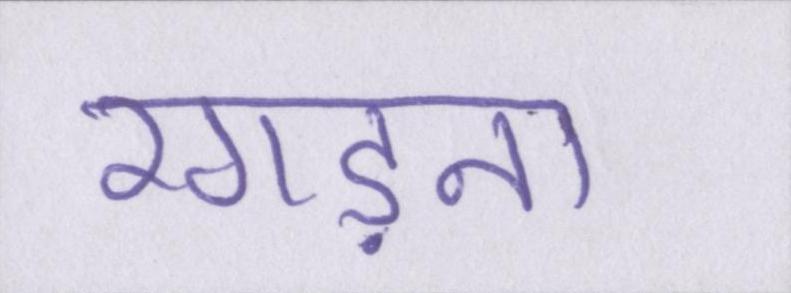
रगड़ना